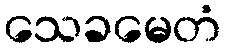
သေခမေတံ